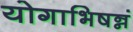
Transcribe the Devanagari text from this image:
योगाभिषन्नं